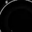
Digit: 8